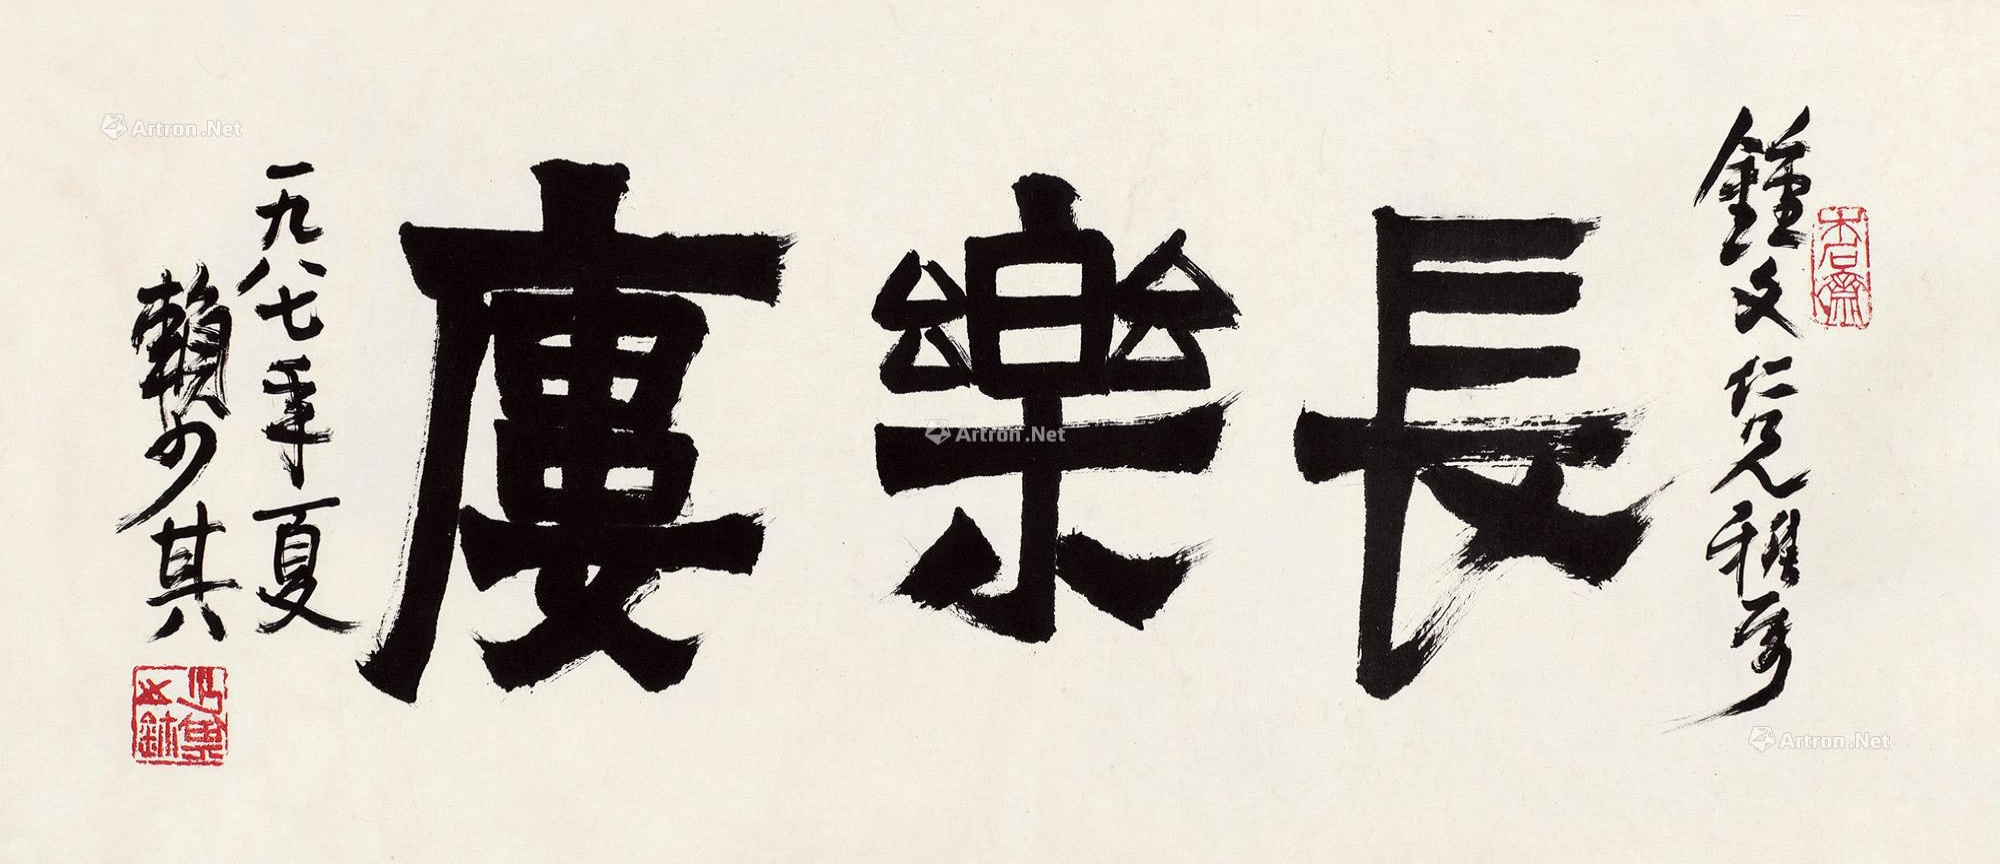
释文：长乐楼。钟文仁兄雅属，一九八七年夏，赖少其。